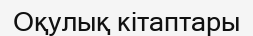
Оқулық кітаптары